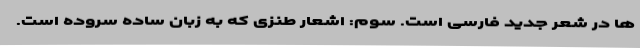
ها در شعر جدید فارسی است. سوم: اشعار طنزی که به زبان ساده سروده است.